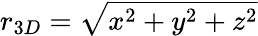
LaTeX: r_{3D}=\sqrt{x^{2}+y^{2}+z^{2}}